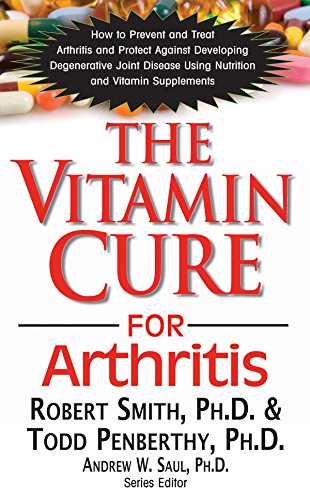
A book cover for The Vitamin Cure for Arthritis; Robert G Smith; Health, Fitness & Dieting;